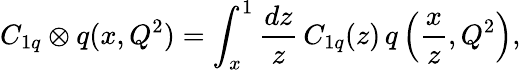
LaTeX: C_{1q}\otimes q(x,Q^{2})=\int_{x}^{1}\frac{dz}{z}\, C_{1q}(z)\, q\left(\frac{x}{z},Q^{2}\right),